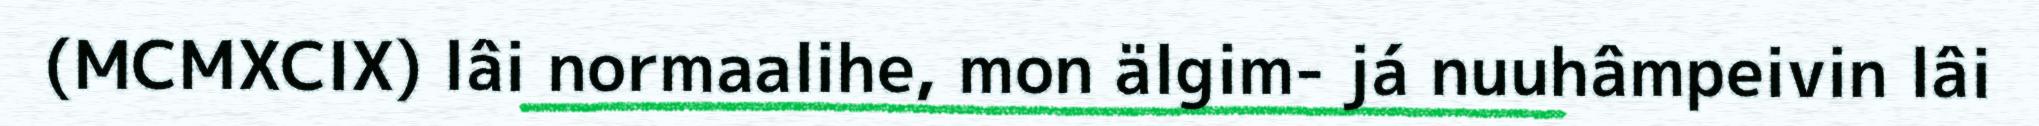
(MCMXCIX) lâi normaalihe, mon älgim- já nuuhâmpeivin lâi